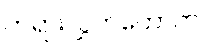
တရားလွှတ်တော်က